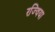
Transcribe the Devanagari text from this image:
रज्विया